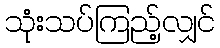
သုံးသပ်ကြည့်လျှင်